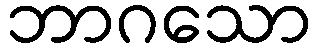
ဘာဂသော